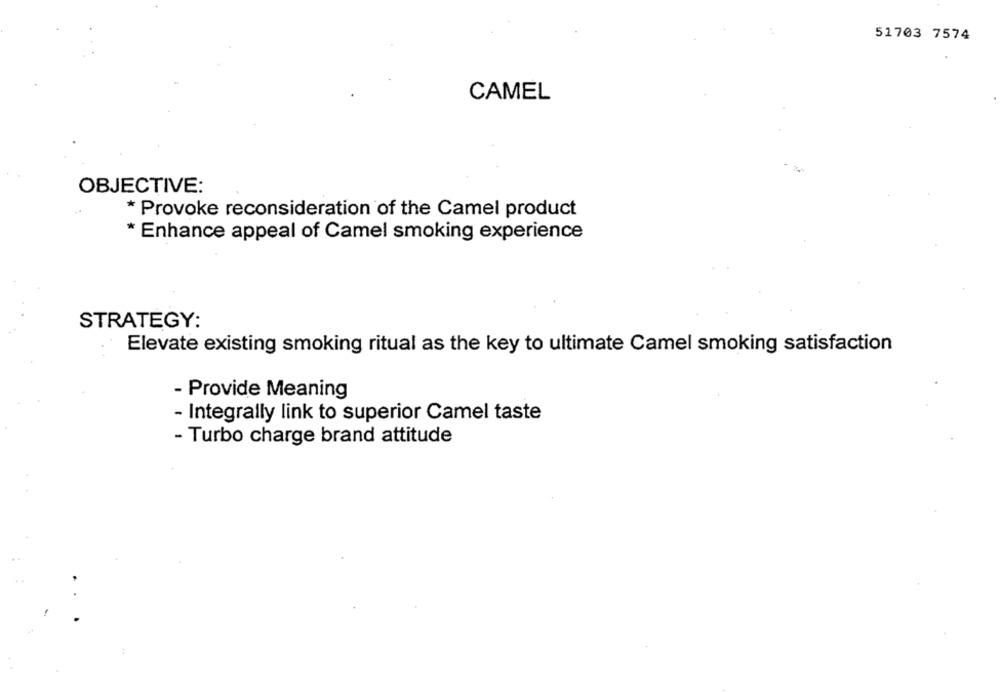
51703 7574
CAMEL
OBJECTIVE:
* Provoke reconsideration of the Camel product
* Enhance appeal of Camel smoking experience
STRATEGY:
Elevate existing smoking ritual as the key to ultimate Camel smoking satisfaction
- Provide Meaning
- Integrally link to superior Camel taste
- Turbo charge brand attitude